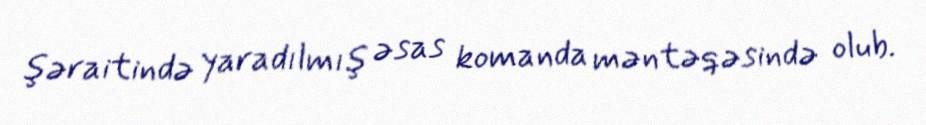
şəraitində yaradılmış əsas komanda məntəqəsində olub.